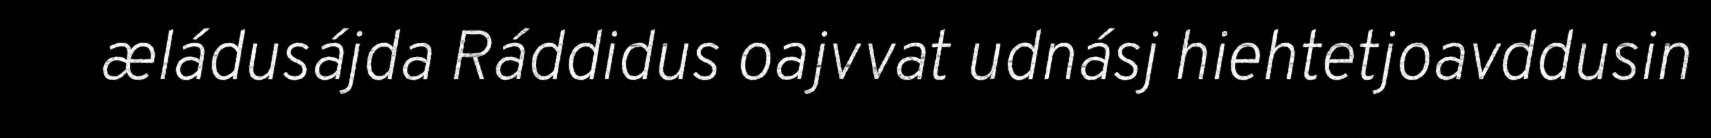
æládusájda Ráddidus oajvvat udnásj hiehtetjoavddusin